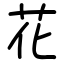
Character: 花